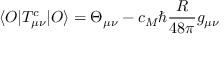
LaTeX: \langle O \vert T _ { \mu \nu } ^ { c } \vert O \rangle = \Theta _ { \mu \nu } - c _ { M } \hbar { \frac { R } { 4 8 \pi } } g _ { \mu \nu }